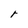
Character: r